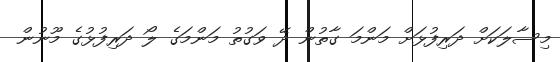
މިސާލަކަށް ދަރިފުޅަށް މަންމަ ގާތުން ދޭ ވަގުތު މަންމަގެ ލޯ ދަރިފުޅުގެ މޫނުން